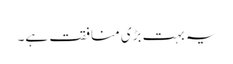
یہ بہت بڑی منافقت ہے۔